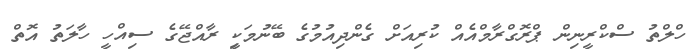
ހްލްތު ސްކްރީނިން ޕްރޮގްރާމްއެއް ކުރިއަށް ގެންދިއުމުގެ ބޭނުމަކިީ ރާއްޖޭގެ ސިއްހީ ހާލަތު އޮތް